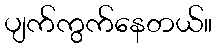
ပျက်ကွက်နေတယ်။